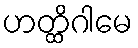
ဟတ္ထိဂါမေ